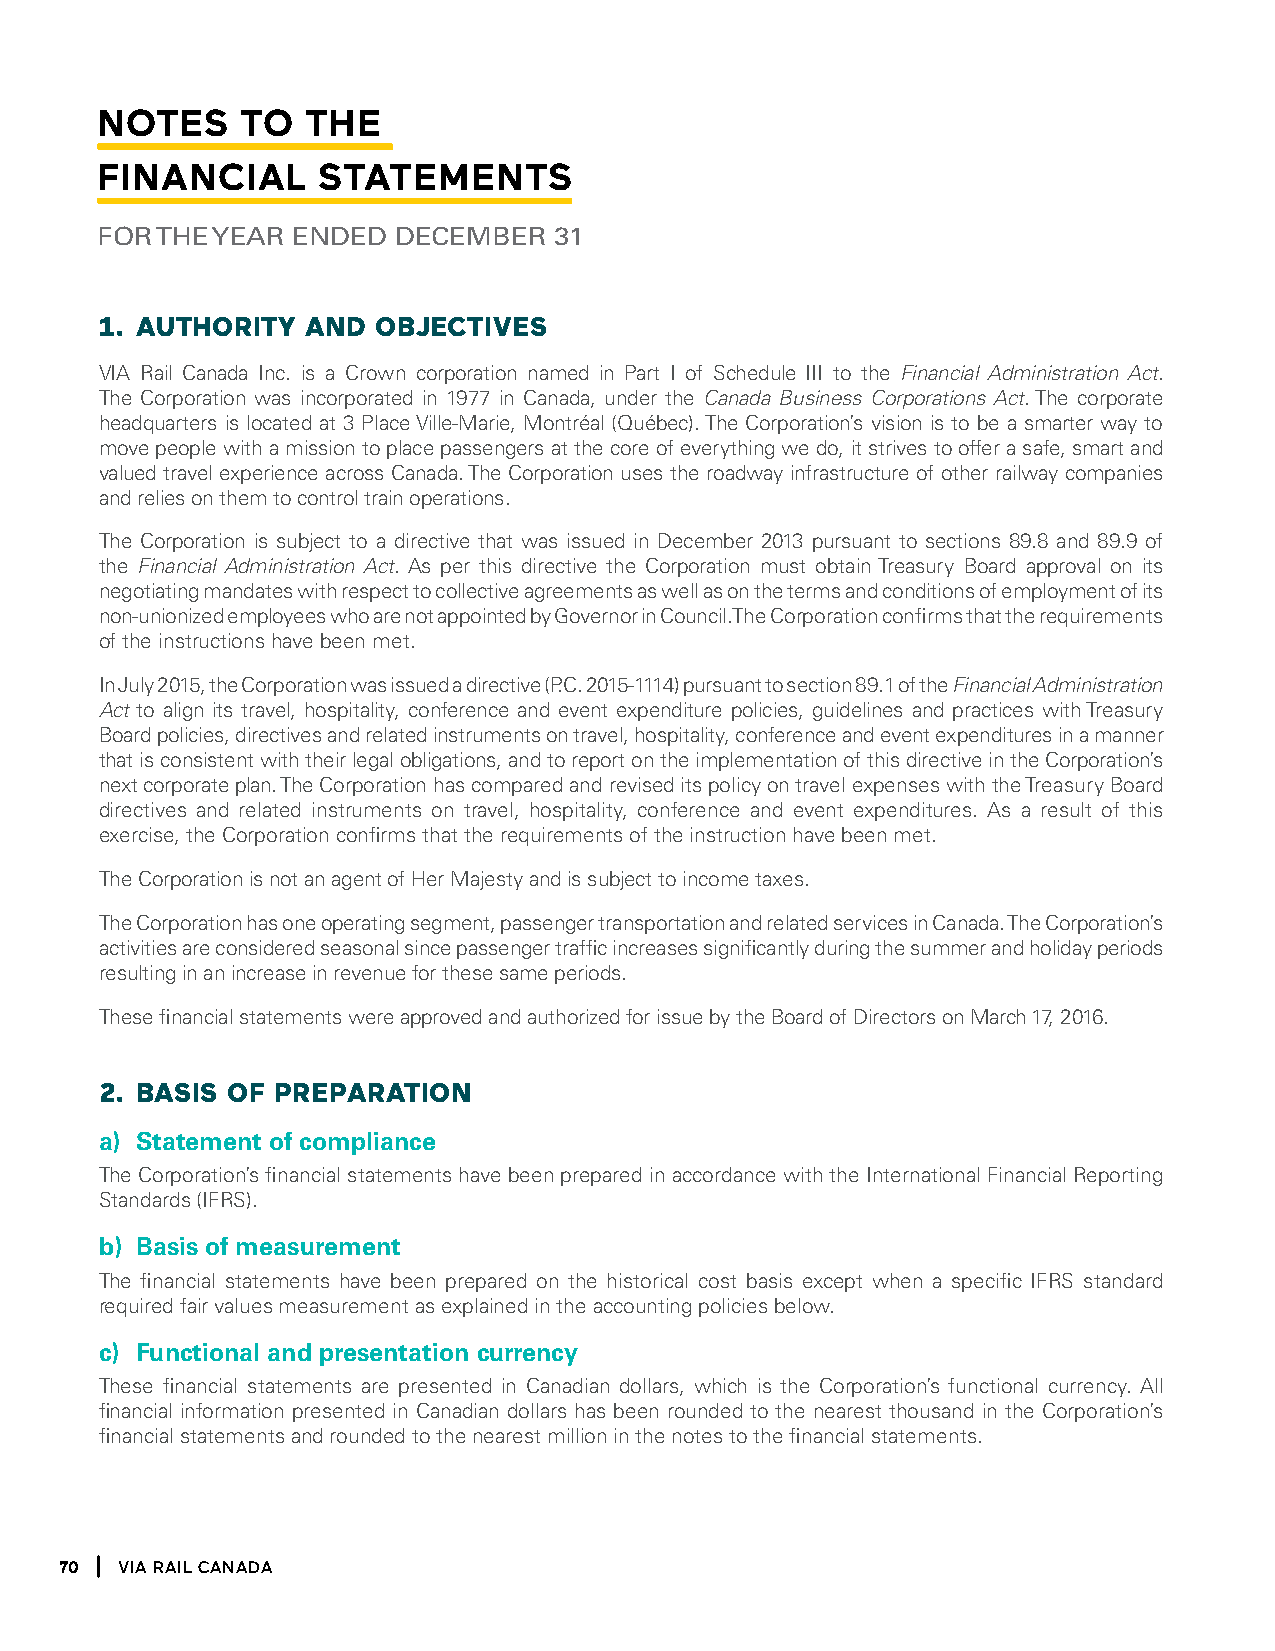
notes     to  the
 Financial      stateMents
 for the Year ended  december   31
 1. aUtHORitY anD  OBJectiVeS
 VIA Rail Canada Inc. is a Crown corporation named in Part I of Schedule III to the Financial Administration Act.
 The Corporation was incorporated in 1977 in Canada, under the Canada Business Corporations Act. The corporate
 headquarters is located at 3 Place Ville-Marie, Montréal (Québec). The Corporation’s vision is to be a smarter way to
 move people with a mission to place passengers at the core of everything we do, it strives to offer a safe, smart and
 valued travel experience across Canada. The Corporation uses the roadway infrastructure of other railway companies
 and relies on them to control train operations.
 The Corporation is subject to a directive that was issued in December 2013 pursuant to sections 89.8 and 89.9 of
 the Financial Administration Act. As per this directive the Corporation must obtain Treasury Board approval on its
 negotiating mandates with respect to collective agreements as well as on the terms and conditions of employment of its
 non-unionized employees who are not appointed by Governor in Council. The Corporation confirms that the requirements
 of the instructions have been met.
 In July 2015, the Corporation was issued a directive (P.C. 2015-1114) pursuant to section 89.1 of the Financial Administration
 Act to align its travel, hospitality, conference and event expenditure policies, guidelines and practices with Treasury
 Board policies, directives and related instruments on travel, hospitality, conference and event expenditures in a manner
 that is consistent with their legal obligations, and to report on the implementation of this directive in the Corporation’s
 next corporate plan. The Corporation has compared and revised its policy on travel expenses with the Treasury Board
 directives and related instruments on travel, hospitality, conference and event expenditures. As a result of this
 exercise, the Corporation confirms that the requirements of the instruction have been met.
 The Corporation is not an agent of Her Majesty and is subject to income taxes.
 The Corporation has one operating segment, passenger transportation and related services in Canada. The Corporation’s
 activities are considered seasonal since passenger traffic increases significantly during the summer and holiday periods
 resulting in an increase in revenue for these same periods.
 These financial statements were approved and authorized for issue by the Board of Directors on March 17, 2016.
 2. BaSiS OF PRePaRatiOn
 a) Statement of compliance
 The Corporation’s financial statements have been prepared in accordance with the International Financial Reporting
 Standards (IFRS).
 b) Basis of measurement
 The financial statements have been prepared on the historical cost basis except when a specific IFRS standard
 required fair values measurement as explained in the accounting policies below.
 c) Functional and presentation currency
 These financial statements are presented in Canadian dollars, which is the Corporation’s functional currency. All
 financial information presented in Canadian dollars has been rounded to the nearest thousand in the Corporation’s
 financial statements and rounded to the nearest million in the notes to the financial statements.
 70  Via Rail Canada